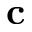
\mathbf { c }